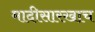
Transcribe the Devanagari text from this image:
मादीसारखाच